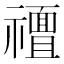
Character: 𮂟